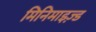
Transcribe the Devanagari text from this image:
मिनिमाइज़्ड